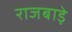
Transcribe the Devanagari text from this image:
राजबाड़े